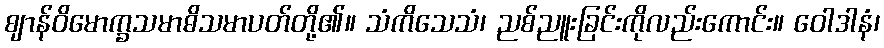
ဈာန်ဝိမောက္ခသမာဓိသမာပတ်တို့၏။ သံကိသေသံ၊ ညစ်ညူးခြင်းကိုလည်းကောင်း။ ဝေါဒါနံ၊